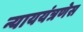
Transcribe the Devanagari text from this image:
न्याययंत्रणेस